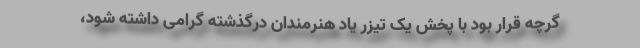
گرچه قرار بود با پخش یک تیزر یاد هنرمندان درگذشته گرامی داشته شود،